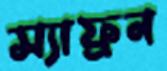
স্যাফ্রন